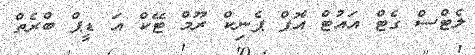
ލެޓްސް ގެޓް އައުޓް އޮފް ޕެނިކް ރޫމް ޓޭކް އަ ޑީޕް ބްރެތް